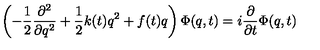
\left( - \frac 1 2 \frac { \partial ^ { 2 } } { \partial q ^ { 2 } } + \frac 1 2 k ( t ) q ^ { 2 } + f ( t ) q \right) \Phi ( q , t ) = i \frac \partial { \partial t } \Phi ( q , t )